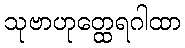
သုဗာဟုတ္ထေရဂါထာ